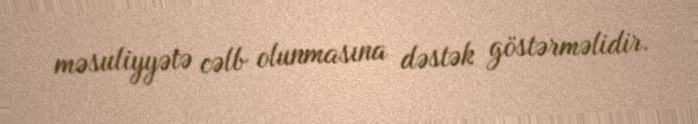
məsuliyyətə cəlb olunmasına dəstək göstərməlidir.